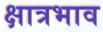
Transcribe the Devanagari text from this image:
क्षात्रभाव